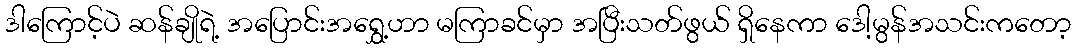
ဒါကြောင့်ပဲ ဆန်ချိုရဲ့ အပြောင်းအရွှေ့ဟာ မကြာခင်မှာ အပြီးသတ်ဖွယ် ရှိနေကာ ဒေါ့မွန်အသင်းကတော့